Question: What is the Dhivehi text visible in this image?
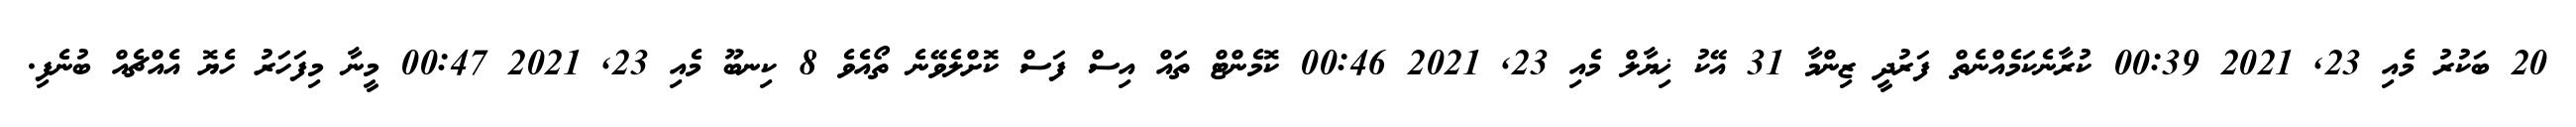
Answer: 20 ބަކުރު މެއި 23, 2021 00:39 ކުރާނެކަމެއްނެތް ފަރުދީ ޒިންމާ 31 އޭކު ޚިޔާލް މެއި 23, 2021 00:46 ކޮމެންޓް ތައް އިސް ފަސް ކޮށްލެވޭނެ ތޯއެވެ 8 ކިނބޫ މެއި 23, 2021 00:47 މީނާ މިފަހަރު ހެޔޮ އެއްޗެއް ބުނެފި.